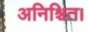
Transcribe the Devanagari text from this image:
अनिश्चित।